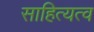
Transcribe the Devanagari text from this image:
साहित्यत्व